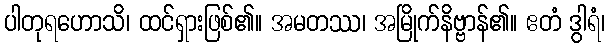
ပါတုရဟောသိ၊ ထင်ရှားဖြစ်၏။ အမတဿ၊ အမြိုက်နိဗ္ဗာန်၏။ ဧတံ ဒွါရံ၊